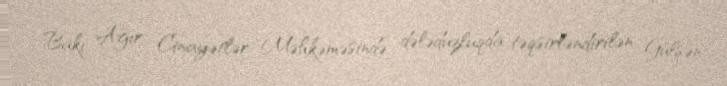
Bakı Ağır Cinayətlər Məhkəməsində dələduzluqda təqsirləndirilən Gülşən